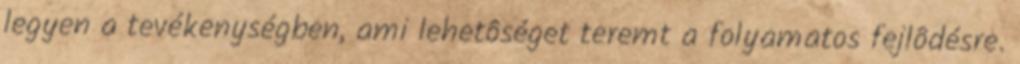
legyen a tevékenységben, ami lehetôséget teremt a folyamatos fejlôdésre.